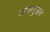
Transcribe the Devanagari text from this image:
रामागुंडम